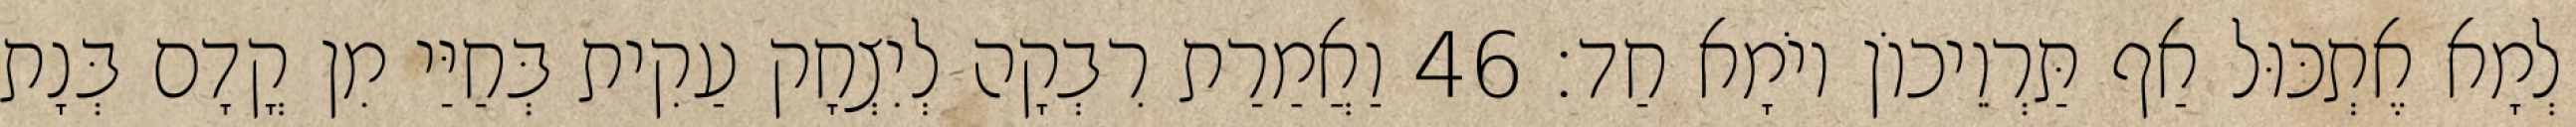
לְמָא אֶתְכּוּל אַף תַּרְוֵיכוֹן יוֹמָא חַד׃ 46 וַאֲמַרַת רִבְקָה לְיִצְחָק עַקִית בְּחַיַּי מִן קֳדָם בְּנָת